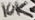
Text: 10K